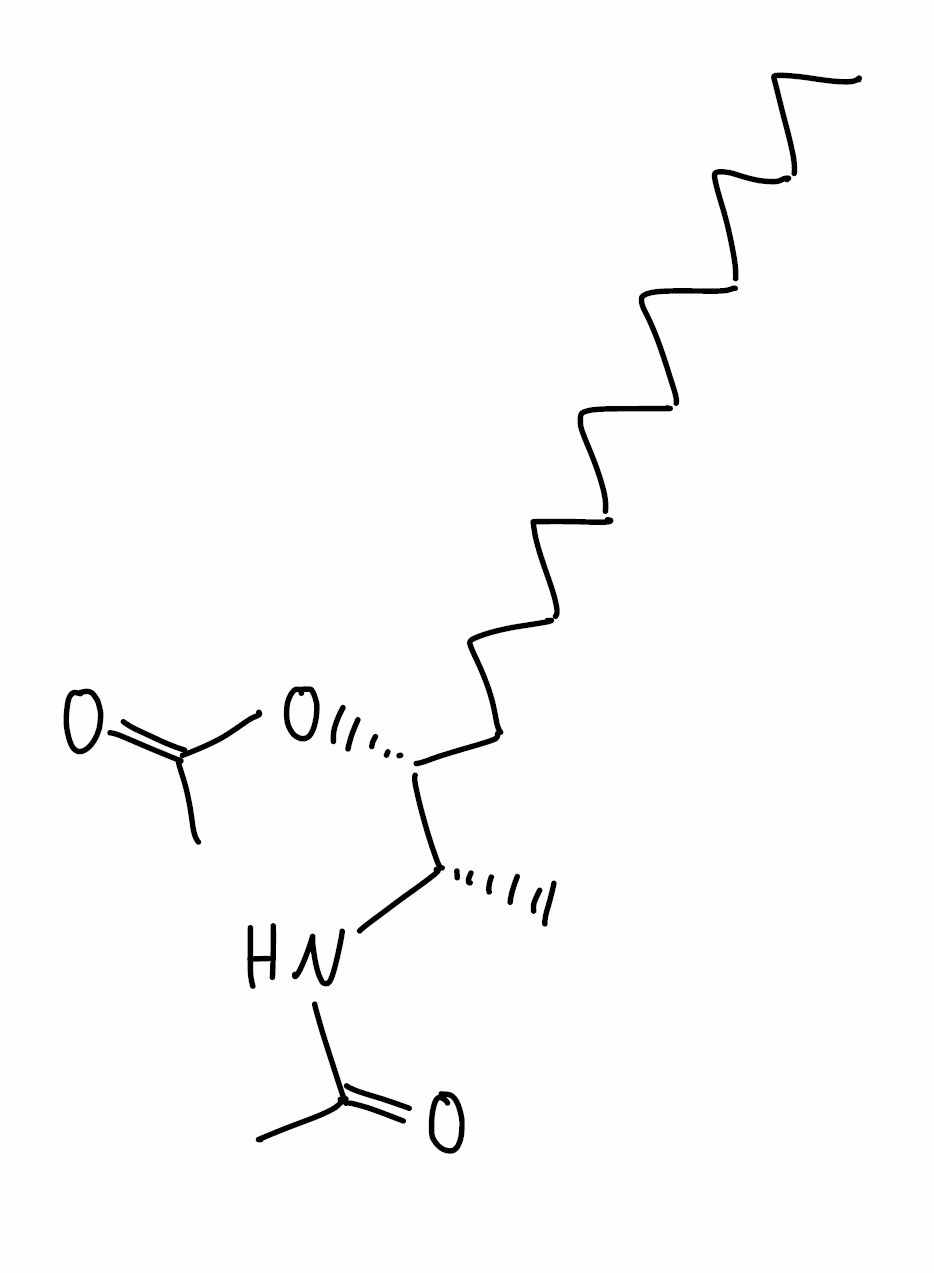
Simplified molecular-input line-entry system (SMILES) notation of the given molecule:
CCCCCCCCCCCCC[C@H]([C@H](C)NC(=O)C)OC(=O)C